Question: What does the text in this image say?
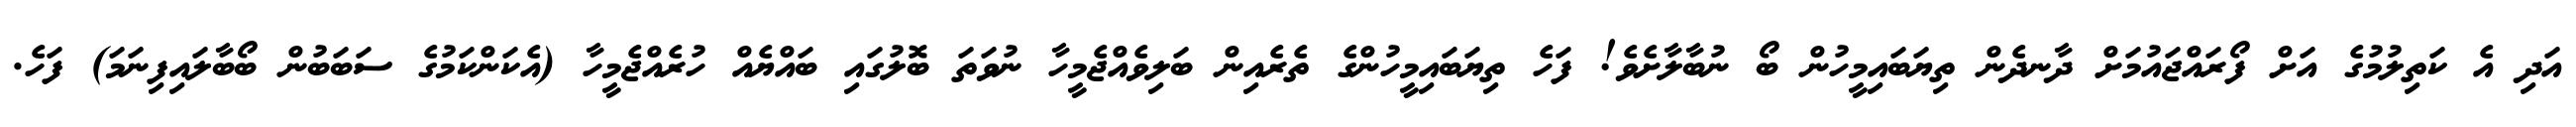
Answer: އަދި އެ ކަތިލުމުގެ އަށް ފޯރައްޖައުމަށް ދާނދެން ތިޔަބައިމީހުން ބޯ ނުބާލާށެވެ! ފަހެ ތިޔަބައިމީހުންގެ ތެރެއިން ބަލިވެއްޖެމީހާ ނުވަތަ ބޮލުގައި ބައްޔެއް ހުރެއްޖެމީހާ (އެކަންކަމުގެ ސަބަބުން ބޯބާލައިފިނަމަ) ފަހެ.